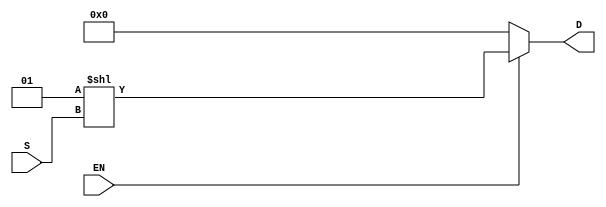

module decoder
	#(parameter WIDTH = 3)(
	input  [WIDTH -1 :0] S,
	input EN,
	output [(2 ** WIDTH) -1 : 0] D
);
	
	assign D = EN ? 1 << S : 0;

endmodule